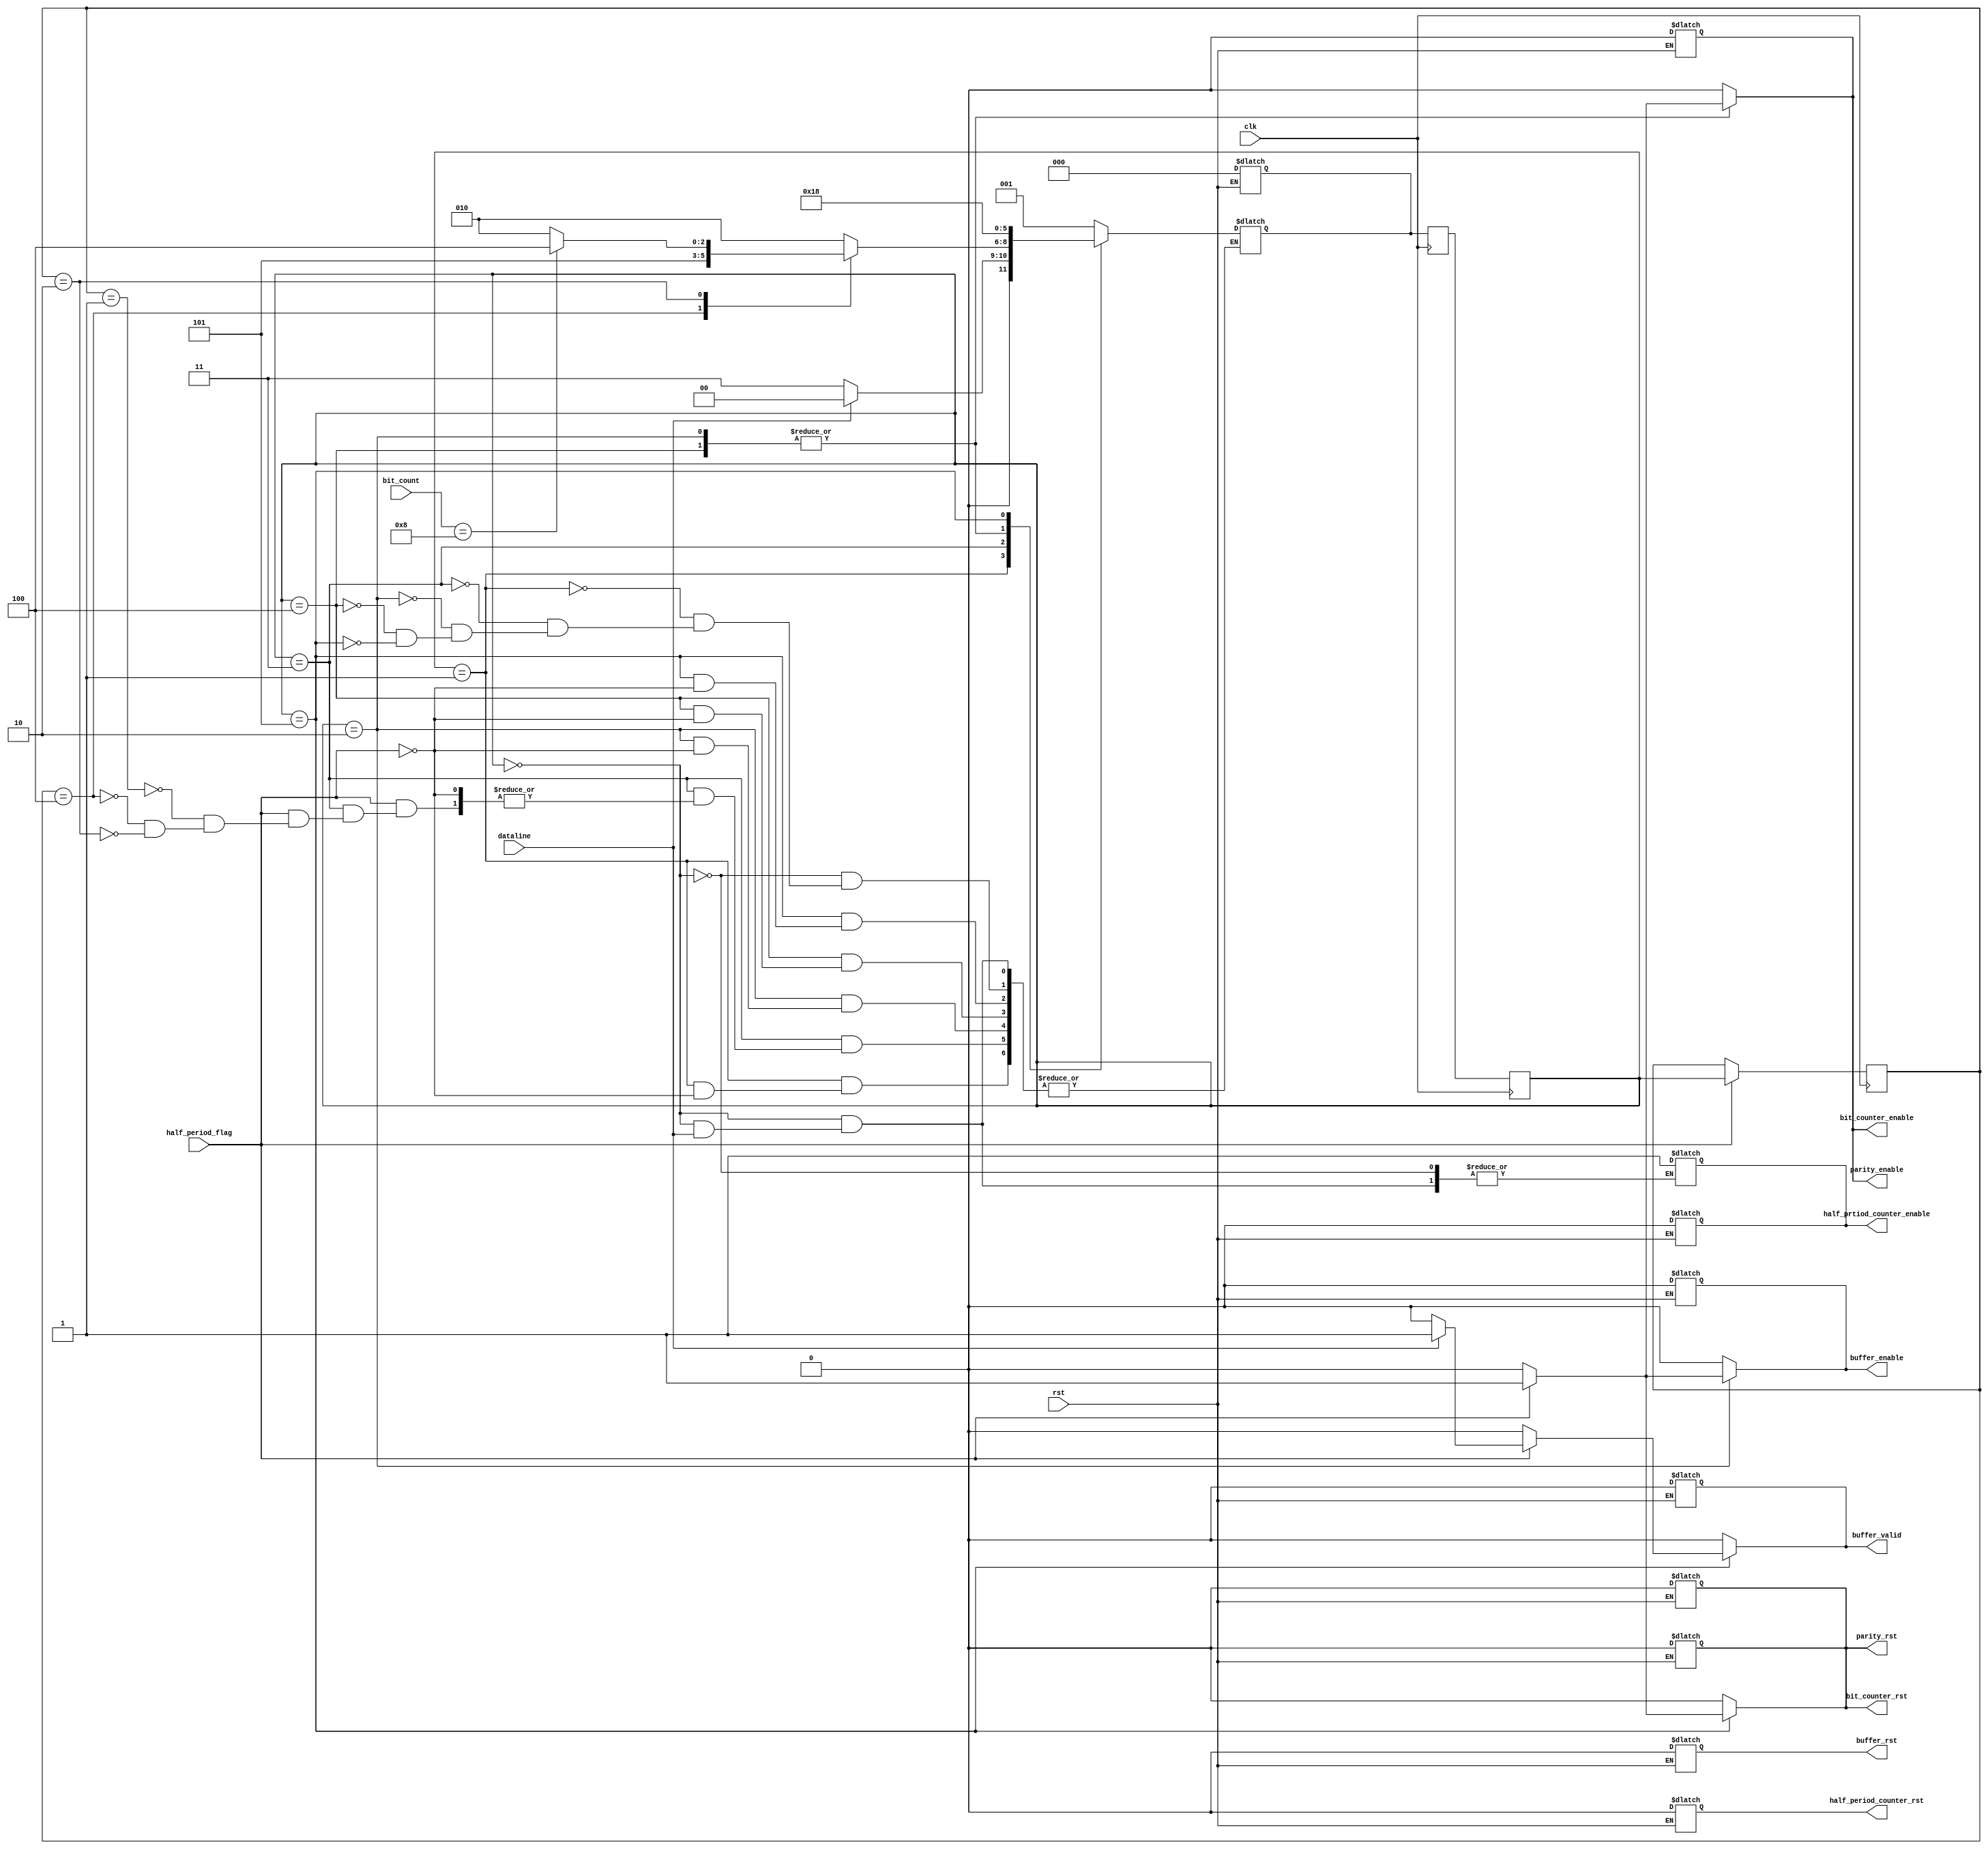
module UARTRXControl(
    output reg buffer_valid,
    output reg buffer_enable,
    output reg buffer_rst,
    output reg parity_enable,
    output reg parity_rst,
    output reg half_prtiod_counter_enable,
    output reg half_period_counter_rst,
    output reg bit_counter_enable,
    output reg bit_counter_rst,
    input wire clk,
    input wire rst,
    input wire dataline,
    input wire half_period_flag,
    input wire [3:0] bit_count
);
    parameter IDEL_STATE = 3'd0;
    parameter START_BIT_STATE = 3'd1;
    parameter RECV_STATE = 3'd2;
    parameter WAITE_STATE  = 3'd3;
    parameter PARITY_CHECK_STATE  = 3'd4;
    parameter END_BIT_STATE  = 3'd5; 

    reg [2:0] state;
    reg [2:0] state_delayed;
    reg [2:0] previous_state;

    reg [2:0] next_state;
    wire [2:0] previous_state_next;

    always @(negedge clk) begin
        state_delayed <= next_state;
        state <= state_delayed;
        previous_state <= previous_state_next;
    end

    assign previous_state_next = half_period_flag ? state: previous_state;

    always @(dataline or half_period_flag or bit_count or state)begin
        // Default Values of outputs
        bit_counter_rst = 0;
        parity_rst = 0;
        buffer_valid = 0;
        next_state = next_state;
        half_prtiod_counter_enable = half_prtiod_counter_enable;
        buffer_enable = 0;
        parity_enable = 0;
        bit_counter_enable = 0;
        casex(state)
            IDEL_STATE: begin
                if(!dataline)begin 
                    next_state = START_BIT_STATE;
                    half_prtiod_counter_enable = 1;
                end
            end
            START_BIT_STATE: begin
                if(half_period_flag) begin
                    if(!dataline)next_state = WAITE_STATE;
                    else next_state = IDEL_STATE;
                end 
            end
            WAITE_STATE: begin
                if(half_period_flag) begin
                    casex(previous_state)
                        START_BIT_STATE: next_state = RECV_STATE;
                        PARITY_CHECK_STATE: next_state = END_BIT_STATE;
                        RECV_STATE: begin
                            if(bit_count == 8) next_state = PARITY_CHECK_STATE;
                            else next_state = RECV_STATE;
                        end
                    endcase
                end
            end
            RECV_STATE: begin
                if(half_period_flag)begin 
                    buffer_enable = 1;
                    parity_enable = 1;
                    bit_counter_enable = 1;
                    next_state = WAITE_STATE;
                end
            end
            PARITY_CHECK_STATE: begin
                if(half_period_flag) begin
                    parity_enable = 1;
                    next_state = WAITE_STATE;
                    bit_counter_enable = 1;
                end
            end
            END_BIT_STATE: begin
                if(half_period_flag)begin
                    if(dataline) buffer_valid = 1;
                    next_state = IDEL_STATE;
                    bit_counter_rst = 1;
                    parity_rst = 1;
                end
            end
        endcase

    end

    always @(rst)begin
        if(rst)begin
            buffer_valid = 0;
            buffer_enable = 0;
            buffer_rst = 0;
            parity_rst = 0;
            half_prtiod_counter_enable = 0;
            half_period_counter_rst = 0;
            bit_counter_enable = 0;
            bit_counter_rst = 0;
            next_state = IDEL_STATE;
        end
    end

endmodule